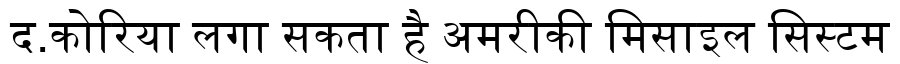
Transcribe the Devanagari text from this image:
द.कोरिया लगा सकता है अमरीकी मिसाइल सिस्टम